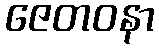
ဇေတဝနာ